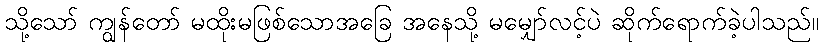
သို့သော် ကျွန်တော် မထိုးမဖြစ်သောအခြေ အနေသို့ မမျှော်လင့်ပဲ ဆိုက်ရောက်ခဲ့ပါသည်။